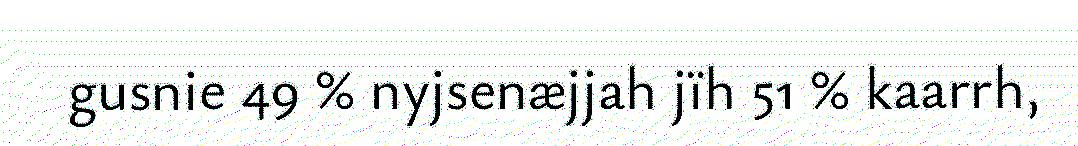
gusnie 49 % nyjsenæjjah jïh 51 % kaarrh,